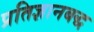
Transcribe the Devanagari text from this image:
प्रतिज्ञानबद्ध